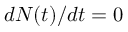
d N ( t ) / d t = 0